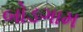
બોડગામ